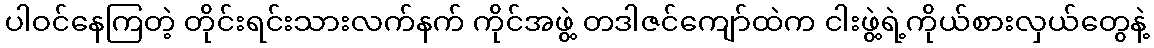
ပါဝင်နေကြတဲ့ တိုင်းရင်းသားလက်နက် ကိုင်အဖွဲ့ တဒါဇင်ကျော်ထဲက ငါးဖွဲ့ရဲ့ကိုယ်စားလှယ်တွေနဲ့